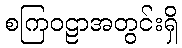
စကြဝဠာအတွင်းရှိ